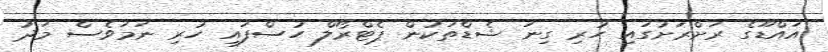
އައްޑޫގެ ރަށްރަށުގައި ހުރި ގިނަ ޝެޑްތަކުން ޕެޓްރޯލް ހުސްފައި ހުރި ނަމަވެސް މަދު